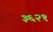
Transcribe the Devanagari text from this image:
३६२१